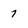
Character: 7